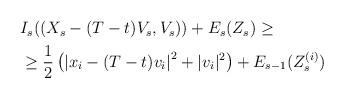
LaTeX: \begin{align*}\begin{aligned}& I_s ( (X_s - (T-t) V_s,V_s)) + E_s (Z_s) \geq \\& \geq \frac{1}{2} \left( \left| x_i - (T-t)v_i\right|^2 + |v_i|^2\right)+ E_{s-1} (Z_s^{(i)}) \end{aligned}\end{align*}